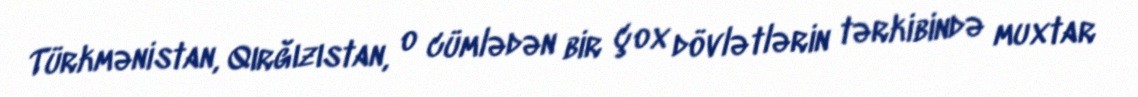
Türkmənistan, Qırğızıstan, o cümlədən bir çox dövlətlərin tərkibində muxtar